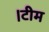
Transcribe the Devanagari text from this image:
।टीम